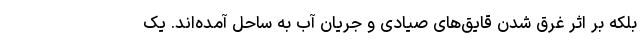
بلکه بر اثر غرق شدن قایق‌های صیادی و جریان آب به ساحل آمده‌اند. یک